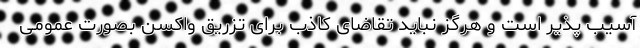
آسیب پذیر است و هرگز نباید تقاضای کاذب برای تزریق واکسن بصورت عمومی